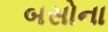
બસોના